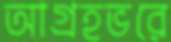
আগ্রহভরে